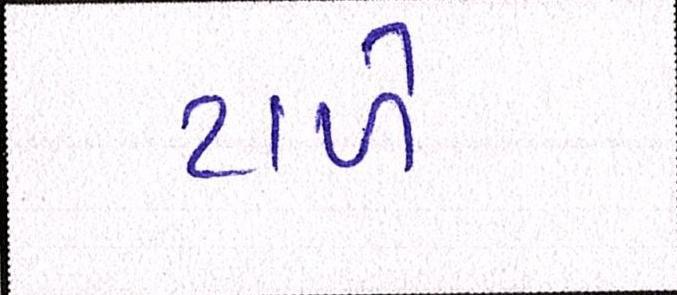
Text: ટાળે